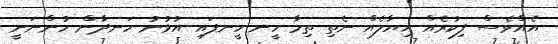
އެއްވެސް ފިކުރެއް ޚިޔާލެއް ނެތި ތިމާ ހީނ ހީނފައި އުޅުނު ހަނދާން ހުންނަނީ